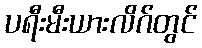
ပရီးမီးယားလိဂ်တွင်